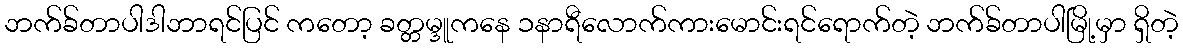
ဘက်ခ်တာပါဒါဘာရင်ပြင် ကတော့ ခတ္တမ္ဒူကနေ ၁နာရီလောက်ကားမောင်းရင်ရောက်တဲ့ ဘက်ခ်တာပါမြို့မှာ ရှိတဲ့